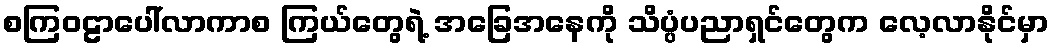
စကြဝဠာပေါ်လာကာစ ကြယ်တွေရဲ့ အခြေအနေကို သိပ္ပံပညာရှင်တွေက လေ့လာနိုင်မှာ